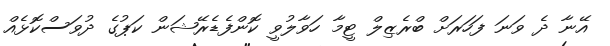
އޭނާ ދެ ވަނަ ފަހަރަށް ބްރެޒިލް ޓީމާ ހަވާލުވީ ކޮންފެޑެރޭޝަން ކަޕުގެ ދުވަސްކޮޅެއް